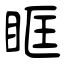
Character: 眶